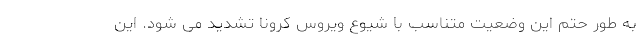
به طور حتم این وضعیت متناسب با شیوع ویروس کرونا تشدید می شود. این